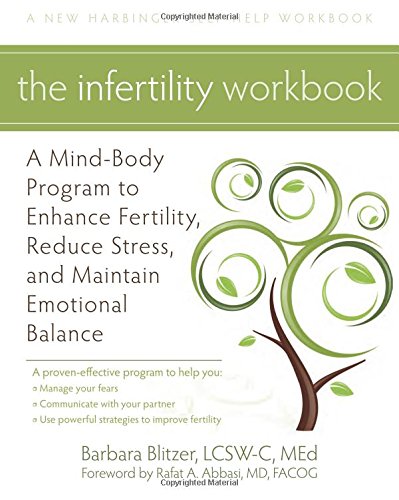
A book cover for The Infertility Workbook: A Mind-Body Program to Enhance Fertility, Reduce Stress, and Maintain Emotional Balance (New Harbinger Self-Help Workbook); Barbara Blitzer LCSW-C  MEd; Parenting & Relationships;